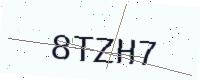
Text: 8TZH7